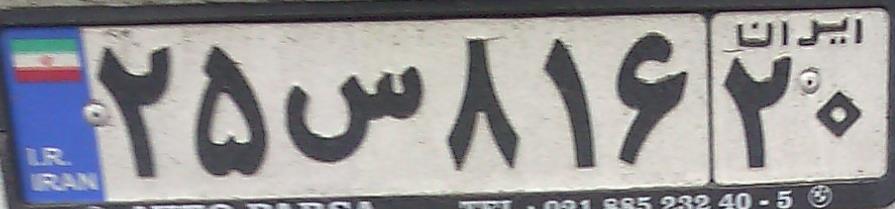
۲۵س۸۱۶۲۰